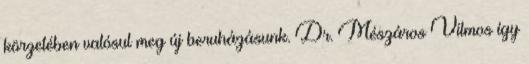
körzetében valósul meg új beruházásunk. Dr. Mészáros Vilmos így